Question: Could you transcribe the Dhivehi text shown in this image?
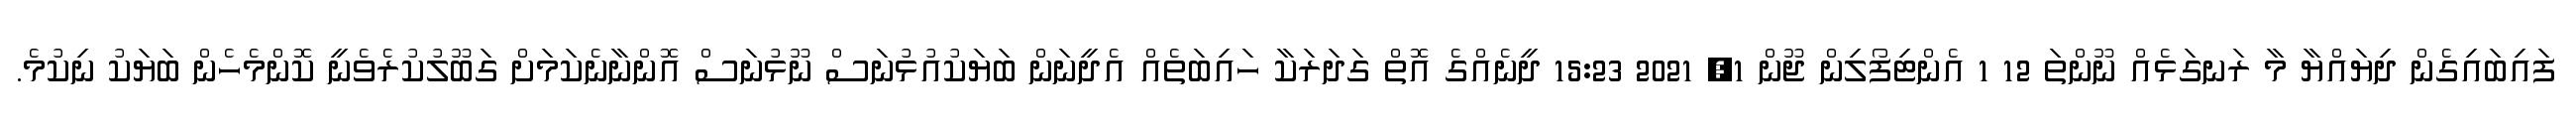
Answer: ފައިބައިގެން ދިޔައްޔާ މާ ރަނގަޅެއް ނޫންތަ 12 1 އެންޓިފޯލިން ޖޫން 1, 2021 15:23 ދީނެއްގެ އޮތް ގަދަރަކާ ހައިބަތެއް އެދީނަން ބަޔަކުއުޅުނަސް ނޫޅުނަސް އޮންނާނެކަމަށް ގަބޫލުކުރެވެނީ ކޮންމެހެން ބަޔަކު ނިކުމެ.